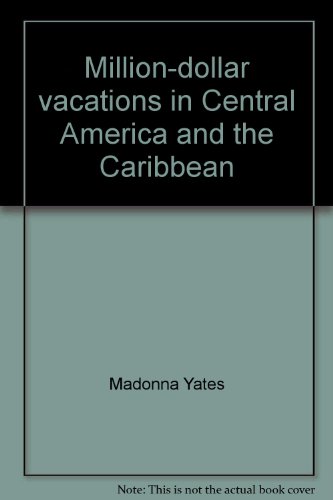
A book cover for Million-dollar vacations in Central America and the Caribbean with Medical Group Missions International; Madonna Yates; Medical Books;